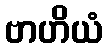
ဗာဟိယံ